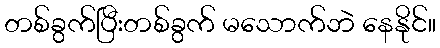
တစ်ခွက်ပြီးတစ်ခွက် မသောက်ဘဲ နေနိုင်။